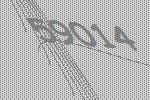
59014